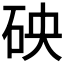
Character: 𥑞